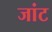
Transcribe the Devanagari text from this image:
जांट